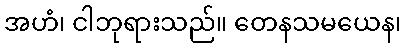
အဟံ၊ ငါဘုရားသည်။ တေနသမယေန၊